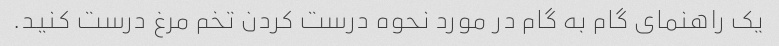
یک راهنمای گام به گام در مورد نحوه درست کردن تخم مرغ درست کنید.